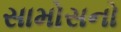
સામોસનો